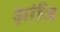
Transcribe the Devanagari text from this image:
झांजि